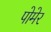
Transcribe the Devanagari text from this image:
पोमेर